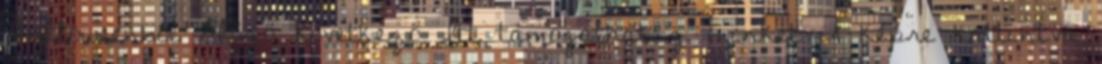
Halloweenből Előző Következő Itt támogathatsz minket A képre kattintva